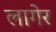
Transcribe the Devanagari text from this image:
लागेर